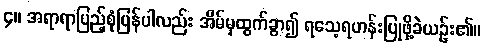
၄။ အရာရာပြည့်စုံပြန်ပါလည်း အိမ်မှထွက်ခွာ၍ ရသေ့ရဟန်းပြုဖို့ခဲယဉ်း၏။